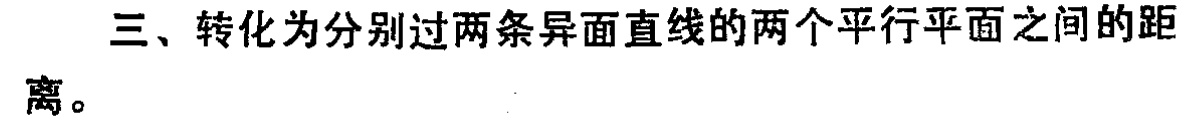
三、转化为分别过两条异面直线的两个平行平面之间的距离。